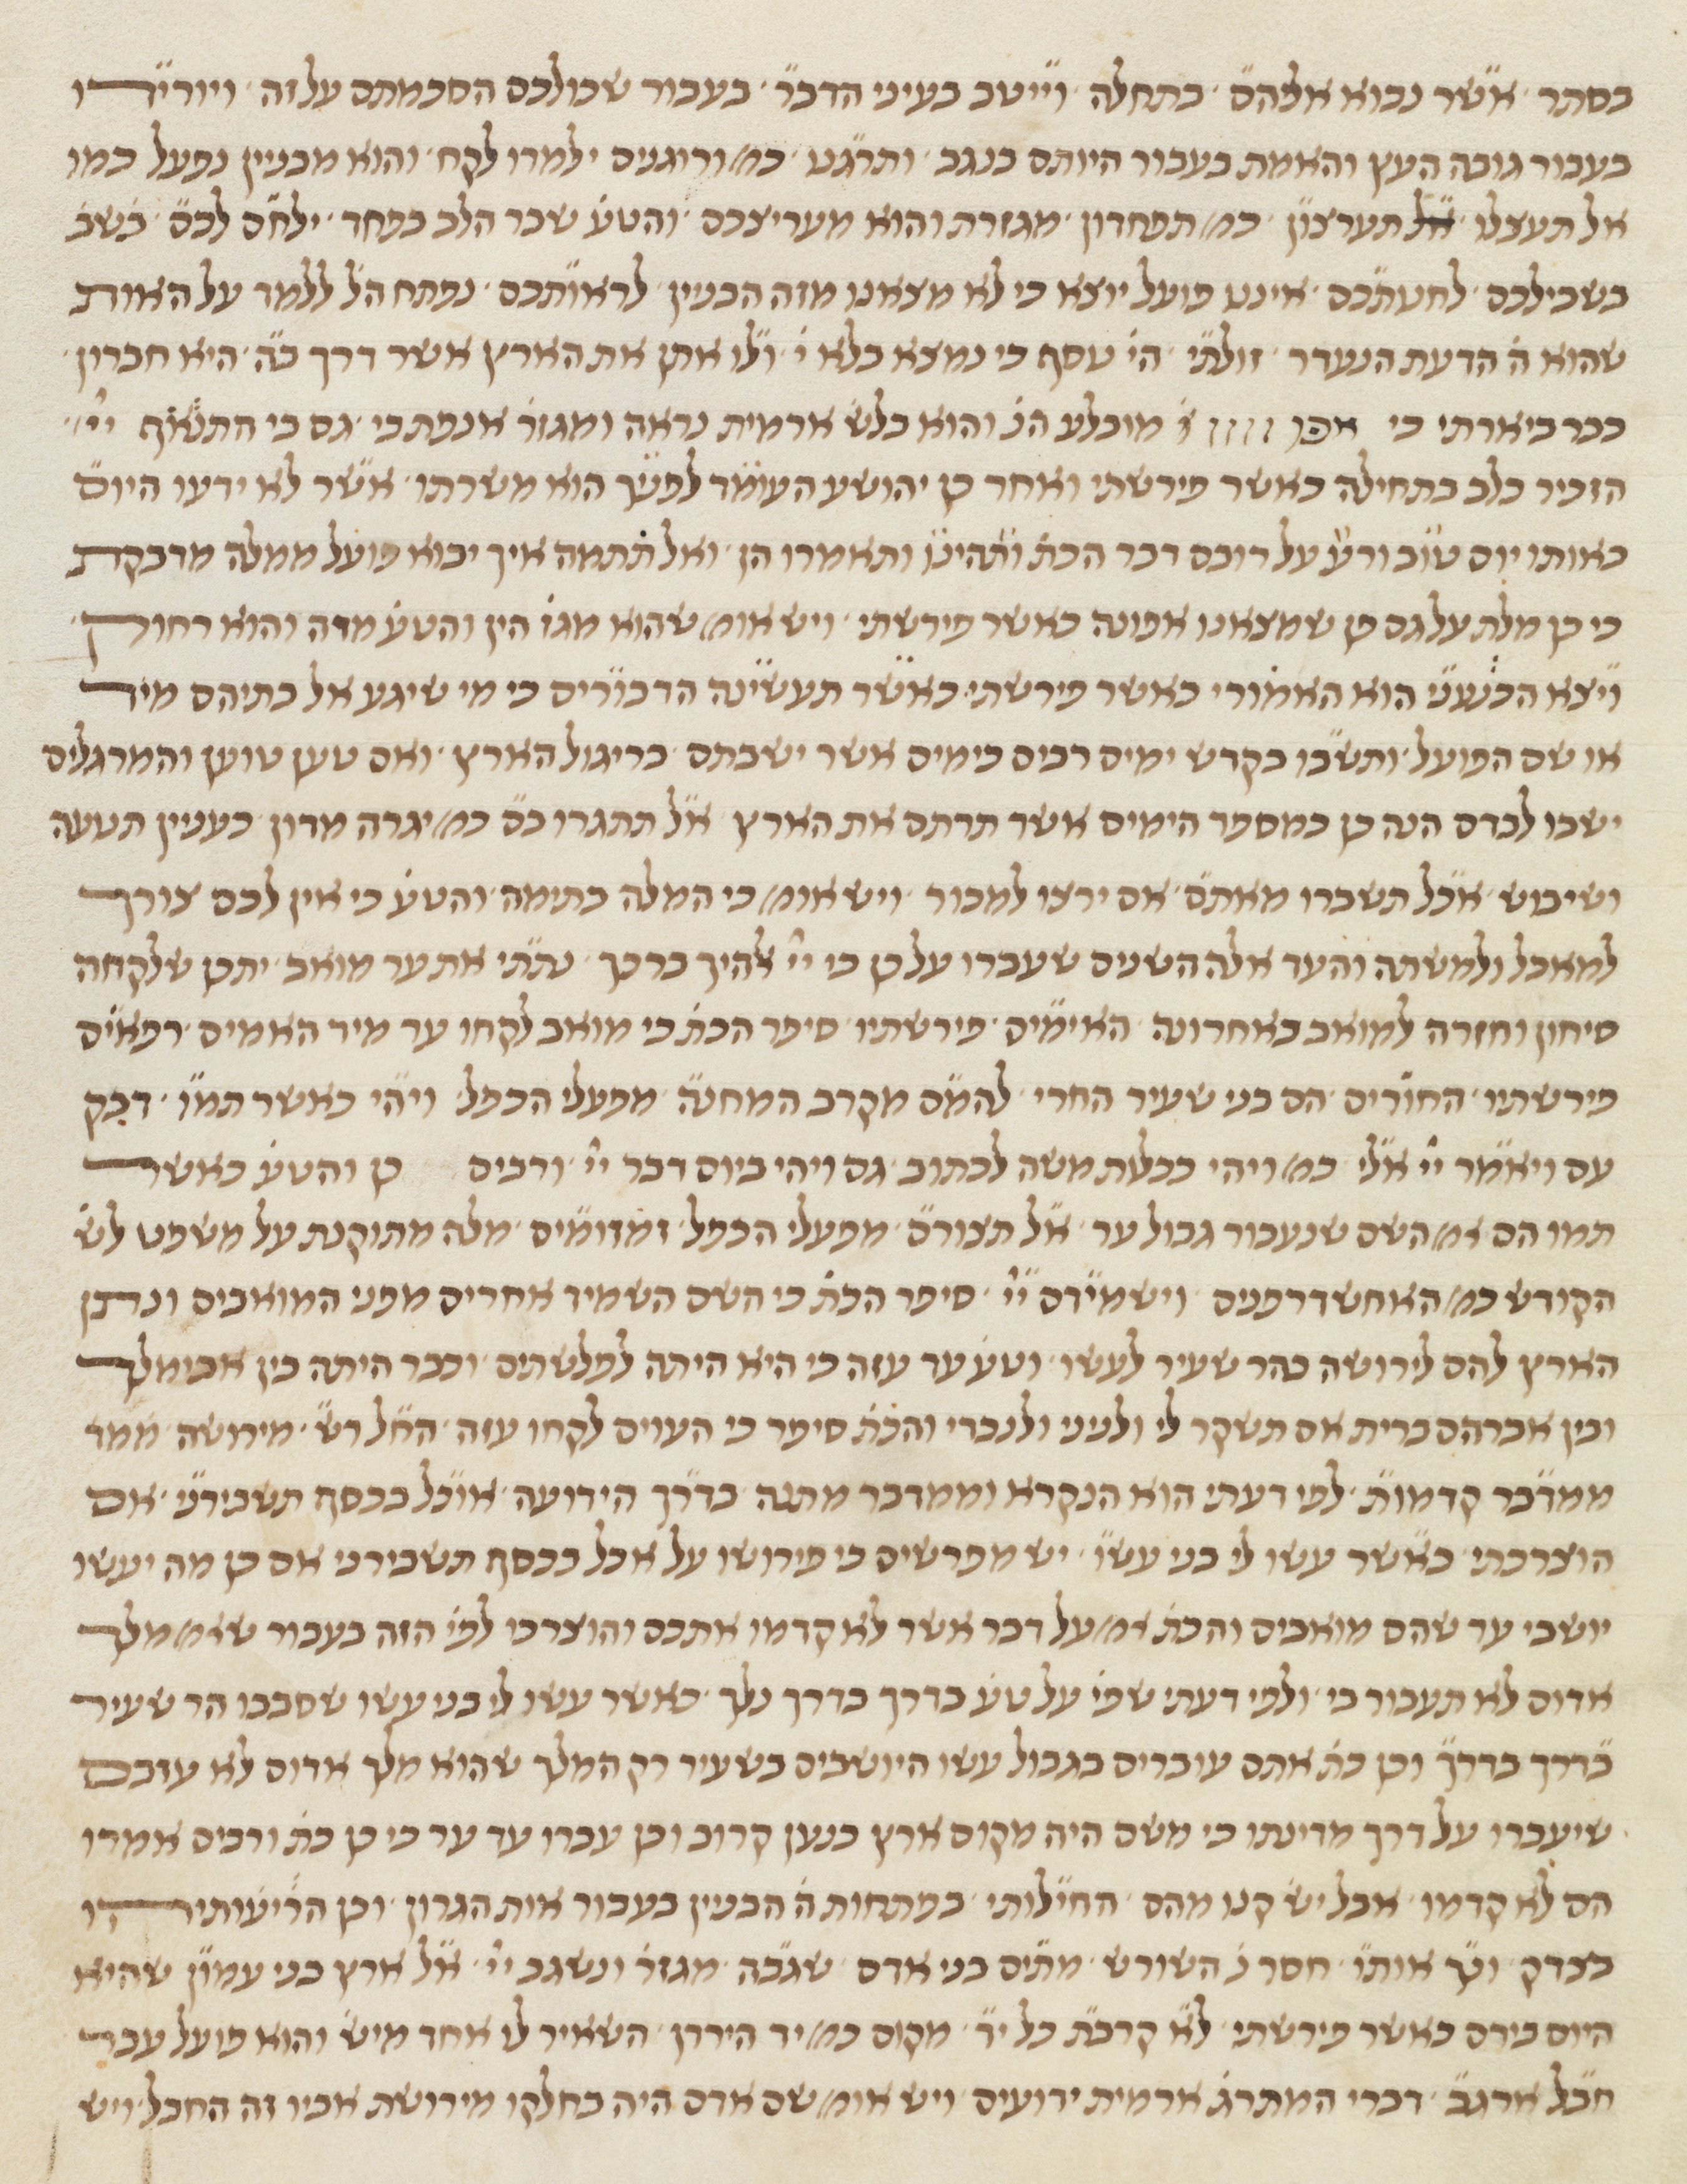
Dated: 1450–1499